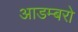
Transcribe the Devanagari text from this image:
आडम्बरो